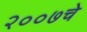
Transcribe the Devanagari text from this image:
२००७चे